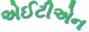
એઈટીએન